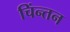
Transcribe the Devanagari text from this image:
चिंन्तन